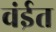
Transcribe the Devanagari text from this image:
वंईत